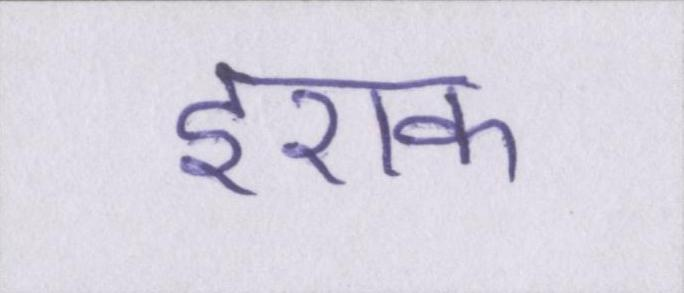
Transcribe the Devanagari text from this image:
इराक